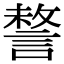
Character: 𧩥